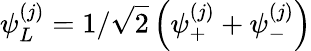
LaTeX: \psi_{L}^{(j)}=1/\sqrt 2\left(\psi_{+}^{(j)}+\psi_{-}^{(j)}\right)